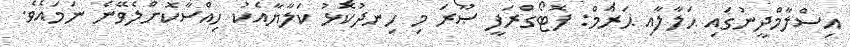
އިސްލާމްދީނުގައި ޙަލާލާއި ޙަރާމް: ފޮޓޯގްރަފީ ޞޫރަ މި ހިނދުކޮޅު ކަލާޔާއެކު ހިއްސާކޮށްލެވޭނެ ނަމައެވެ.